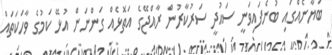
ބަޔާނެއްގައި ބުނެފައިވަނީ ސައުދީ ސަރުކާރުން ރާއްޖޭގެ އަތޮޅެއް ގަންނަން އުޅޭ ކަމުގެ ވާހަކަތައް